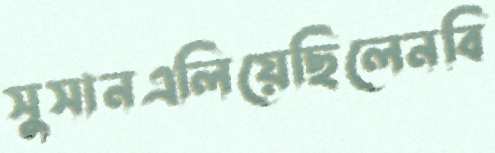
সুসানএলিয়েছিলেনবি